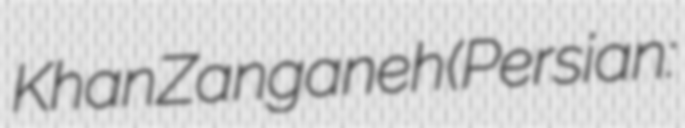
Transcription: Khan Zanganeh (Persian: شاه